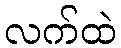
လက်ထဲ